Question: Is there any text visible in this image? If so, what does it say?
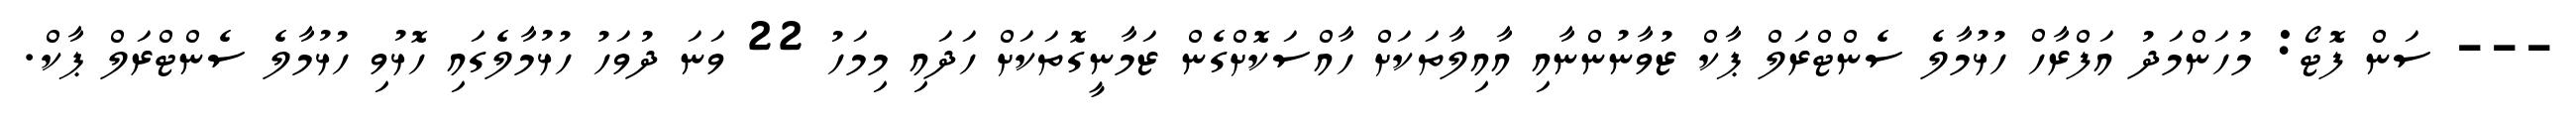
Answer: --- ސަން ފޮޓޯ: މުހަންމަދު އަފްރާހް ހުޅުމާލެ ސެންޓްރަލް ޕާކް ޒުވާނުންނާއި އާއިލާތަކަށް ހާއްސަކޮށްގެން ޒަމާނީގޮތަކަށް ހަދައި މިމަހު 22 ވަނަ ދުވަހު ހުޅުމާލެގައި ހޮޅުވި ހުޅުމާލެ ސެންޓްރަލް ޕާކް.